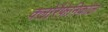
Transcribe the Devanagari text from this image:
क्लोरैफेनिकोल